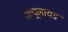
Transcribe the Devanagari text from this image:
सेल्यूलायड